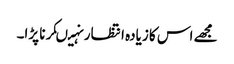
مجھے اس کا زیادہ انتظار نہیںکرنا پڑا۔